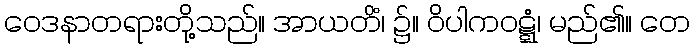
ဝေဒနာတရားတို့သည်။ အာယတိံ၊ ၌။ ဝိပါကဝဋ္ဋံ၊ မည်၏။ တေ